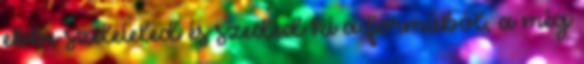
ebbe szeleteled és szeded ki a formából, a még